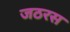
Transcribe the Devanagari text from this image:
जठरस